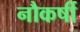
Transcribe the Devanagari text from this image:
नौकर्षी